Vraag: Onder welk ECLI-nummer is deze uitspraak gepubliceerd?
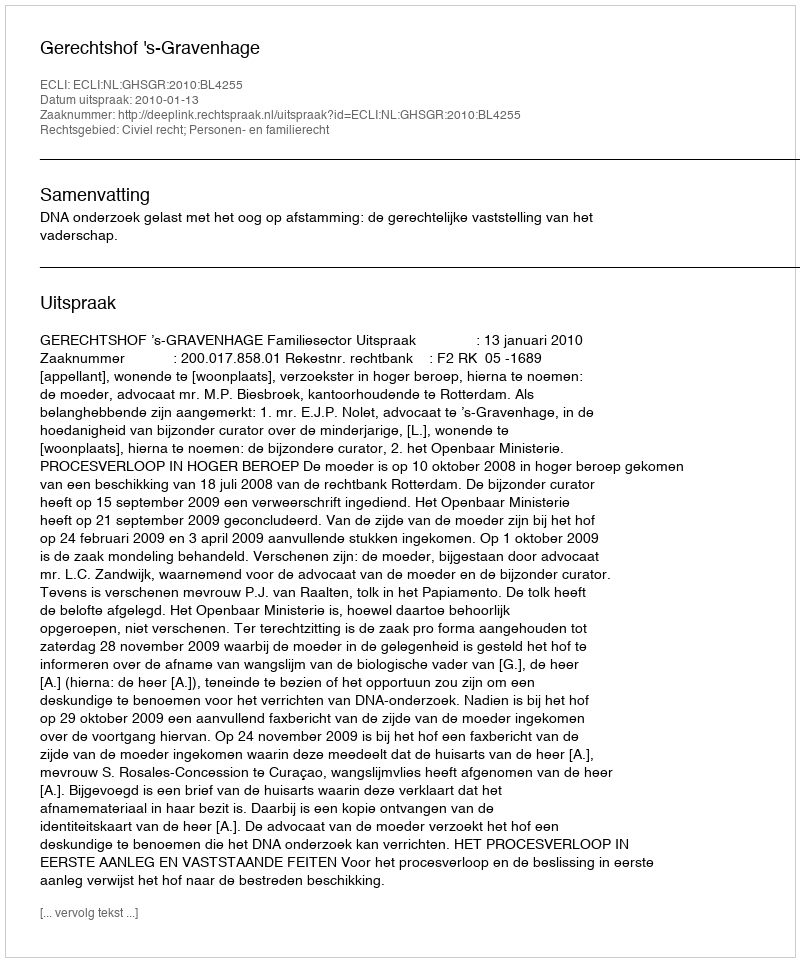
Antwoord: ECLI:NL:GHSGR:2010:BL4255